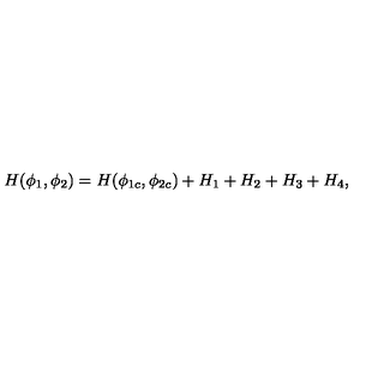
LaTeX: H ( \phi _ { 1 } , \phi _ { 2 } ) = H ( \phi _ { 1 c } , \phi _ { 2 c } ) + H _ { 1 } + H _ { 2 } + H _ { 3 } + H _ { 4 } ,